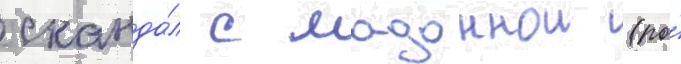
сканда́л с мадоннои (по́